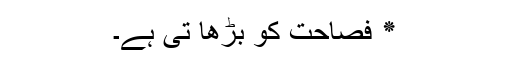
٭ فصاحت کو بڑھا تی ہے۔